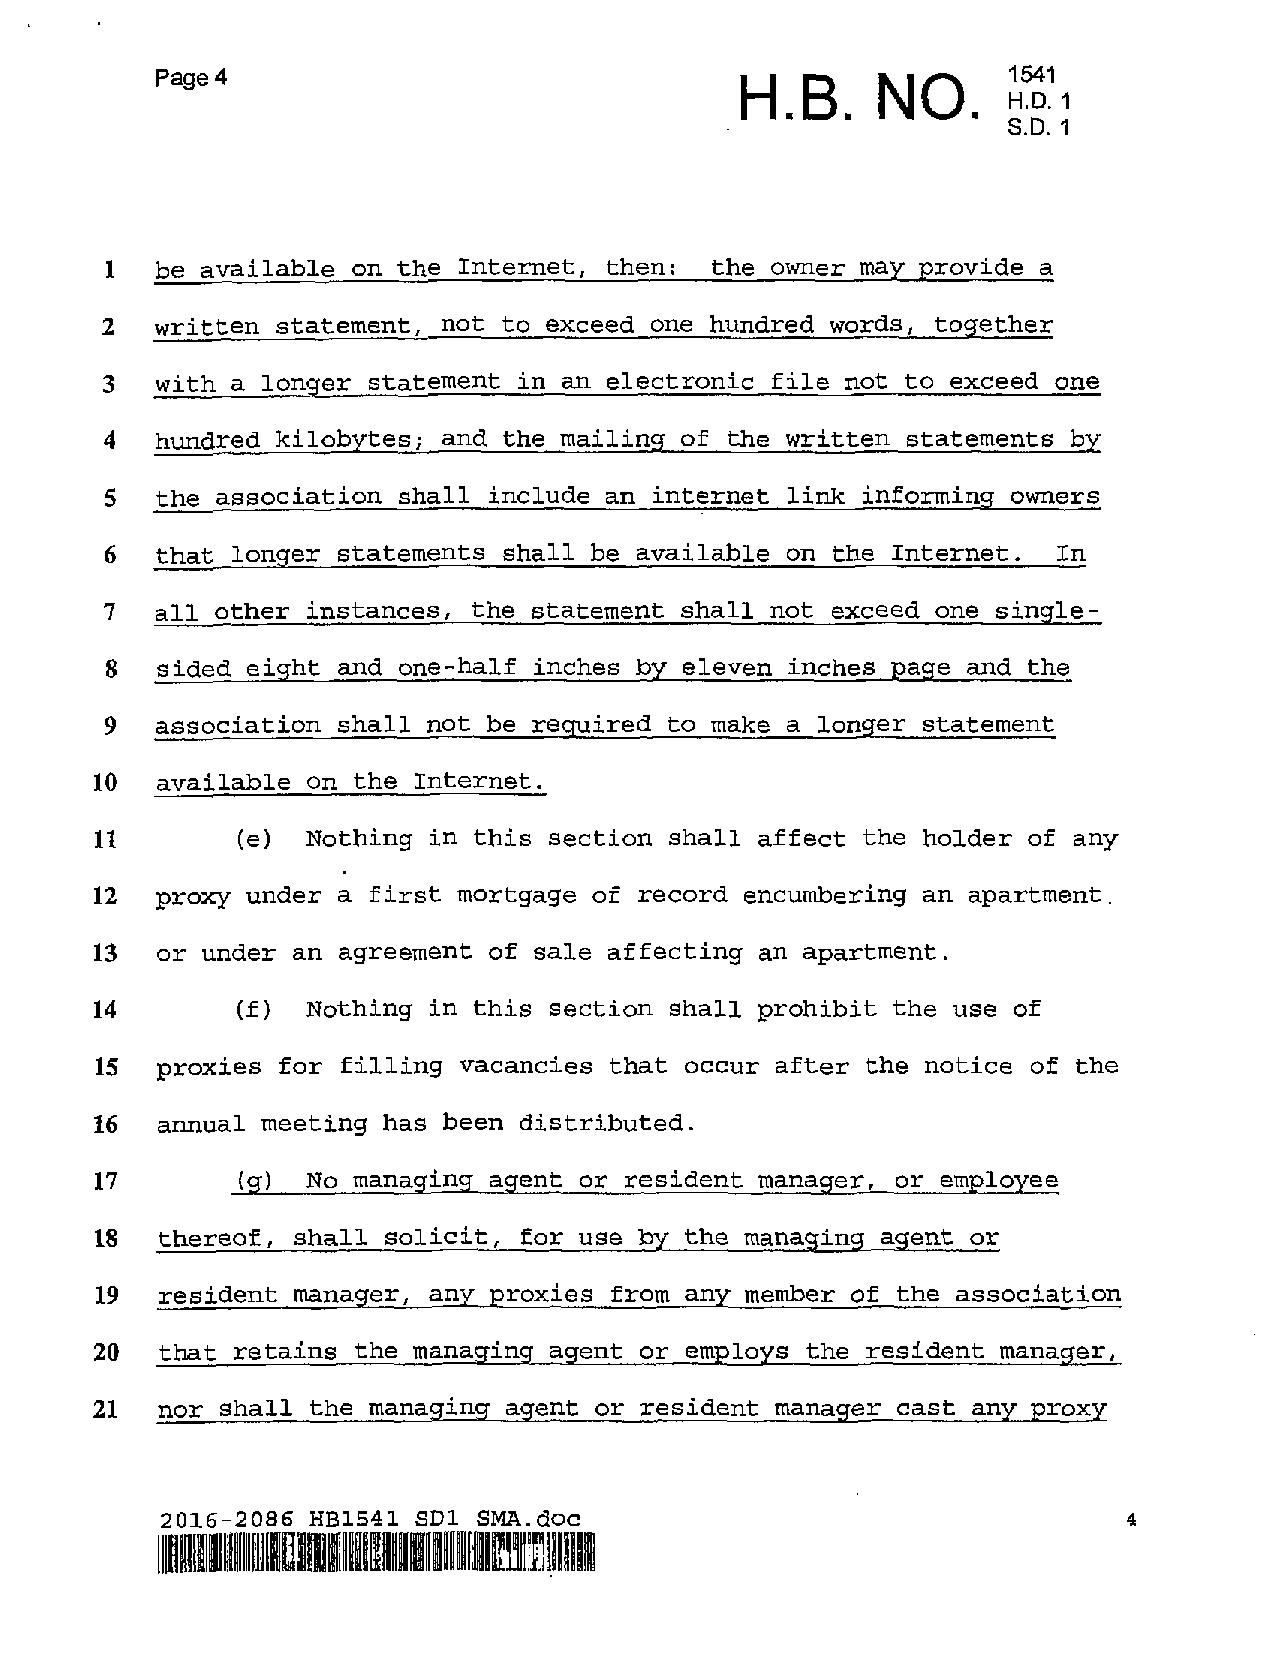
Page 4                                 H.B.     NO.      1541
 SH.D.D. 1. ~
 1  be available on the Internet, then:  the owner may provide a
 2  written statement, not to exceed one hundred words, together
 3  with a longer statement in an electronic file not to exceed one
 4  hundred kilobytes; and the mailing of the written statements by
 5  the association shall include an internet link informing owners
 6  that longer statements shall be available on the Internet.  In
 7  all other instances, the statement shall not exceed one single-
 8  sided eight and one-half inches by eleven inches page and the
 9  association shall not be required to make a longer statement
 10  available on the Internet.
 11        (e) Nothing in this section shall affect the holder of any
 12  proxy under a first mortgage of record encumbering an apartment.
 13  or under an agreement of sale affecting an apartment.
 14        (f) Nothing in this section shall prohibit the use of
 15  proxies  for filling vacancies that occur after the notice of the
 16  annual meeting has been distributed.
 17        (g) No managing agent or resident manager, or employee
 18  thereof, shall solicit, for use by the managing agent or
 19  resident manager, any proxies from any member of the association
 20  that retains the manaqing agent or employs the resident manaqer,
 21  nor shall the managing agent or resident manager cast any proxy
 4